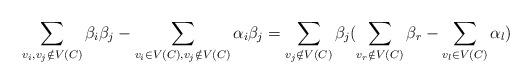
LaTeX: \begin{align*} \sum_{v_i, v_j\notin V(C)} \beta_i \beta_j-\sum_{v_i\in V(C), v_j\notin V(C)}\alpha_i \beta_j = \sum_{v_j\notin V(C)} \beta_j(\sum_{v_r\notin V(C)}\beta_r -\sum_{v_l\in V(C)}\alpha_l)\end{align*}